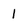
Character: 1